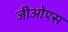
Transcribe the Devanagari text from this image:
जीओएस